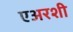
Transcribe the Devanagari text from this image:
एअरशी